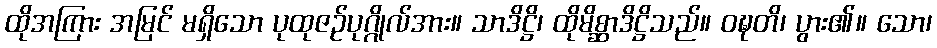
ထိုအကြား အမြင် မရှိသော ပုထုဇဉ်ပုဂ္ဂိုလ်အား။ သာဒိဋ္ဌိ၊ ထိုမိစ္ဆာဒိဋ္ဌိသည်။ ဝဍ္ဎတိ၊ ပွား၏။ သော၊